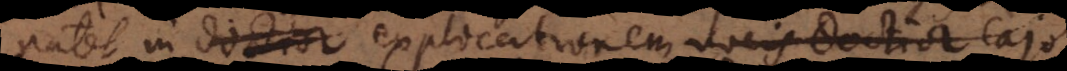
patet in doctior explicationem vocis doctior Cajo